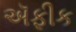
ઍફીક